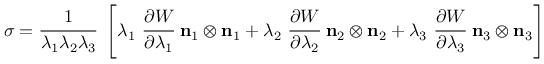
{ \boldsymbol { \sigma } } = { \cfrac { 1 } { \lambda _ { 1 } \lambda _ { 2 } \lambda _ { 3 } } } ~ \left[ \lambda _ { 1 } ~ { \cfrac { \partial W } { \partial \lambda _ { 1 } } } ~ \mathbf { n } _ { 1 } \otimes \mathbf { n } _ { 1 } + \lambda _ { 2 } ~ { \cfrac { \partial W } { \partial \lambda _ { 2 } } } ~ \mathbf { n } _ { 2 } \otimes \mathbf { n } _ { 2 } + \lambda _ { 3 } ~ { \cfrac { \partial W } { \partial \lambda _ { 3 } } } ~ \mathbf { n } _ { 3 } \otimes \mathbf { n } _ { 3 } \right]